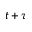
t + \tau